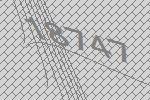
18747